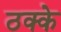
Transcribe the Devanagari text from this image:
ठक्के